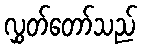
လွှတ်တော်သည်